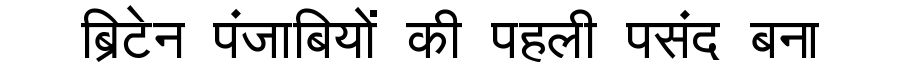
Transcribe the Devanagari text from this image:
ब्रिटेन पंजाबियों की पहली पसंद बना